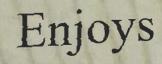
Enjoys